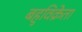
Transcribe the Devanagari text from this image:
बहुविक्रेता